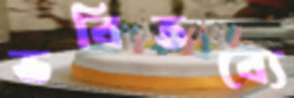
ভবিতব্যে